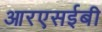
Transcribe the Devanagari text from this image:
आरएसईबी